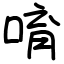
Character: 唷